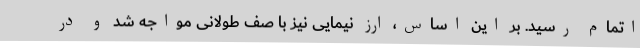
اتمام رسید. بر این اساس، ارز نیمایی نیز با صف طولانی مواجه شد و در